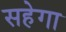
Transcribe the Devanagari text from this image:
सहेगा